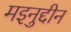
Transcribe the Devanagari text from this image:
मइनुद्दीन